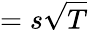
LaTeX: =s\sqrt{T}